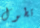
تطول